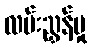
လမ်းညွှန်မှု